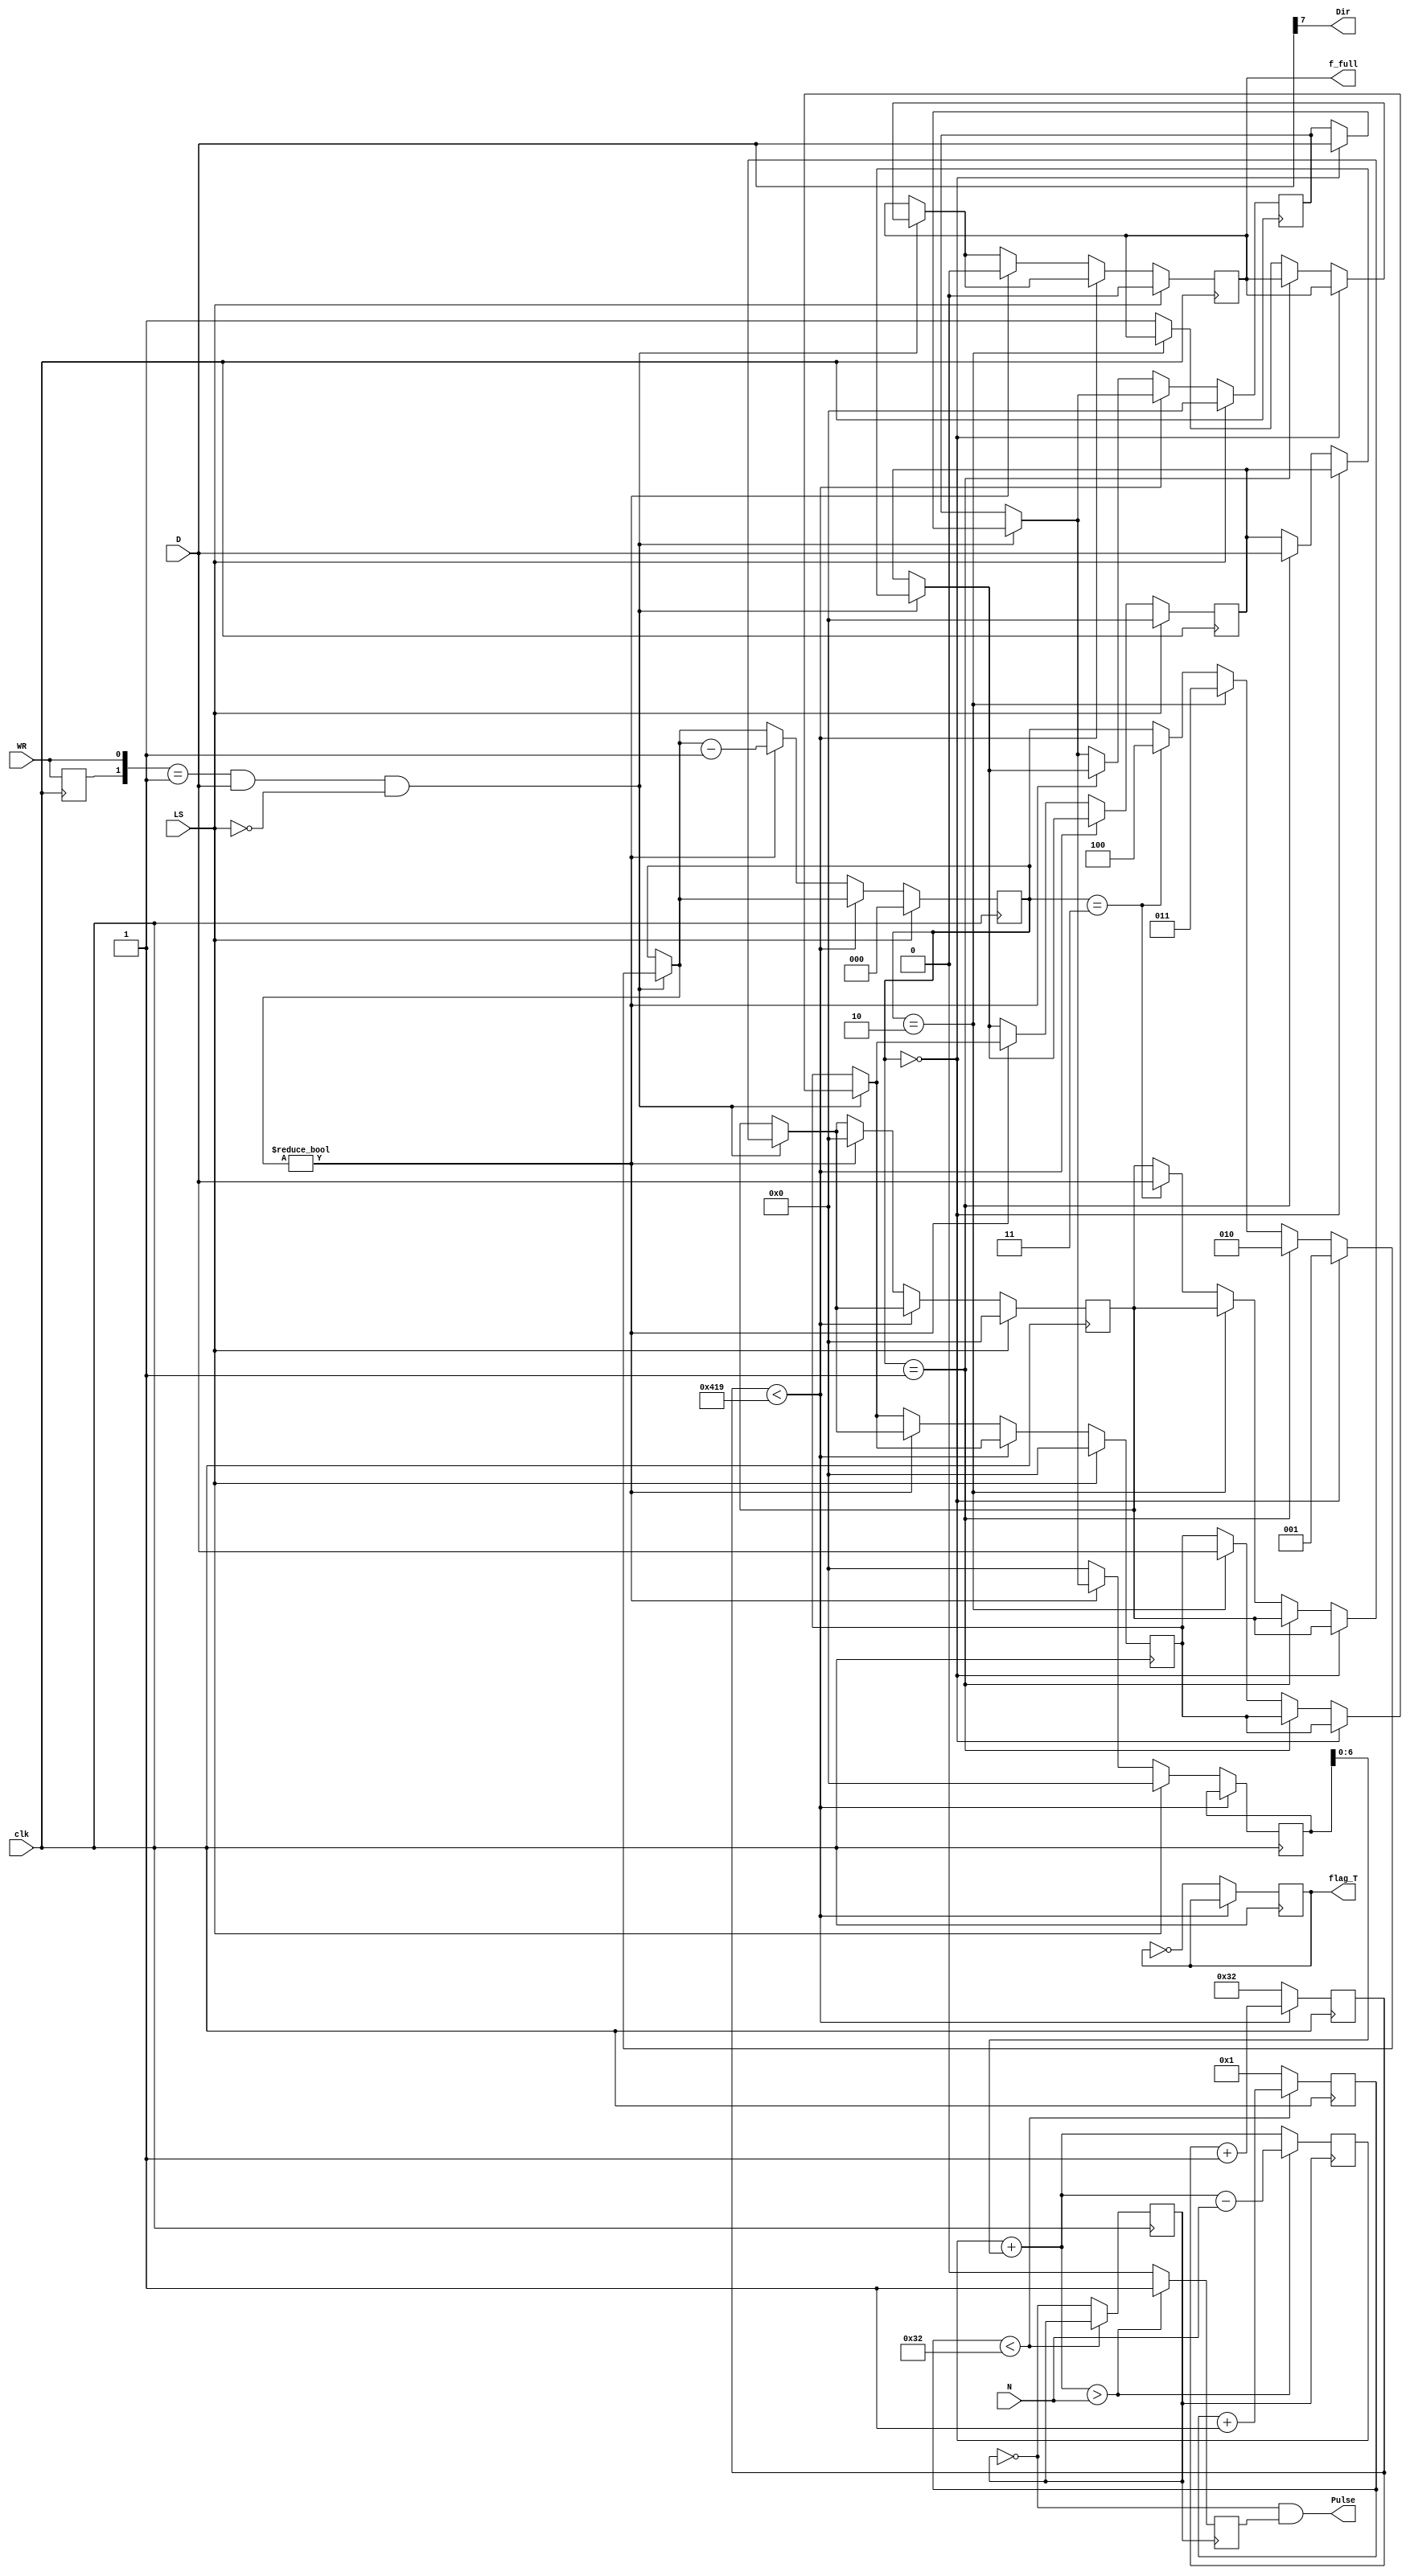
module bai3(clk,WR,LS,N,Pulse,Dir,D,flag_T,f_full);
input clk,WR,LS;
input [7:0] N,D;
output Pulse,Dir,flag_T,f_full;
reg pinout1=0,f_full=0,flag_T=0,preWR=0,clk1=0;
reg [7:0] Nx1=8'h0, Nx2=8'h0, Nx3=8'h0, Nx4=8'h0,Nx=8'h0,acc1;
reg [2:0] Nbuff=3'b0;
reg [10:0] temp=11'b0;
reg [5:0] temp2=6'b0;

initial acc1=8'd10;
assign Dir=D[7];
assign Pulse=~clk1 & pinout1;

always@(posedge clk) begin
preWR <= WR;
if(({preWR,WR}==2'b01)&& D&&(~LS)) begin
	if (Nbuff==0) begin
		Nx1=D;Nbuff=1; end
	else if (Nbuff==1) begin
		Nx2=D;Nbuff=2; end
	else if (Nbuff==2) begin
		Nx3=D;Nbuff=3; end
	else if (Nbuff==3) begin
		Nx4=D;Nbuff=4;f_full=1; end
	else f_full=1;
end
if(temp2<6'd50) temp2= temp2+1;
	else begin
	temp2=1;
	clk1=~clk1;
	end	

if(temp<11'd1049) temp= temp+1;
	else begin
			temp=50;
			flag_T=~flag_T;
		if(LS==1) begin
			Nx=8'h0;
		/*	Nx1=8'h0;Nx2=8'h0;Nx3=8'h0;Nx4=8'h0;Nbuff=3'h0;f_full=0;	*/
			end
		else begin	
			if(Nbuff!=0) begin
			Nx=Nx1;	Nx1=Nx2;	Nx2=Nx3;	Nx3=Nx4;	Nx4=0;
			Nbuff=Nbuff-1;	f_full=0;
			end
			else Nx=8'h0;
		end
	end
	if(LS==1)
	begin
		Nx1=8'h0;	Nx2=8'h0;	Nx3=8'h0;	Nx4=8'h0;	Nbuff=3'h0;
		f_full=0;
	end
end

always@(posedge clk1) begin	
	acc1=acc1+Nx[6:0];
	if(acc1>N) begin
		acc1=acc1-N;pinout1=1;
	end
	else pinout1=0;		

end
endmodule